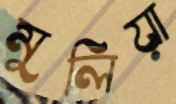
মুলিয়া